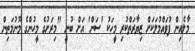
މާލެއިން ފުވައްމުލަކަށް ޒިޔާރަތްކުރި މީހަކު 'ސަން' އަށް ބުނީ "މިރަށުގެ މީހުންގެ މޫނުމަތިން